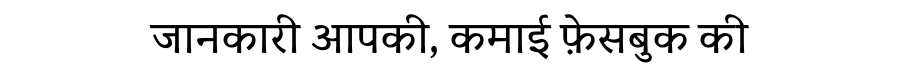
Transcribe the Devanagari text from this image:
जानकारी आपकी, कमाई फ़ेसबुक की